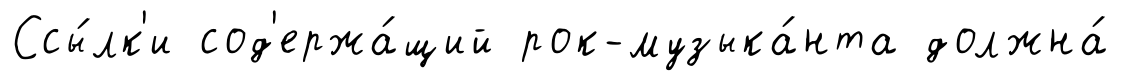
Ссы́лк'и сод'ержа́щий рок-музыка́нта должна́